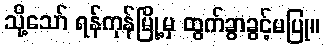
သို့သော် ရန်ကုန်မြို့မှ ထွက်ခွာခွင့်မပြု။